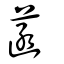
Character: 菡